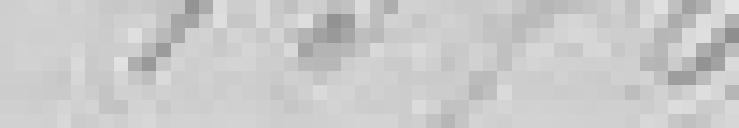
1 370